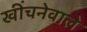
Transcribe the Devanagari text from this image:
खींचनेवाले